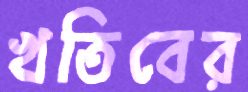
খতিবের